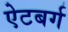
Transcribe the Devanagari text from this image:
ऐटबर्ग